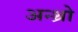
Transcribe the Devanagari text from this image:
अन्थ्रो